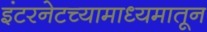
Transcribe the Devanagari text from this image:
इंटरनेटच्यामाध्यमातून